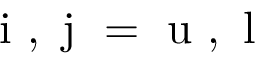
\mathrm { ~ i ~ } , \mathrm { ~ j ~ } = \mathrm { ~ u ~ } , \mathrm { ~ l ~ }